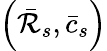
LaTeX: \left(\bar{\cal R}_{s},\bar{c}_{s}\right)